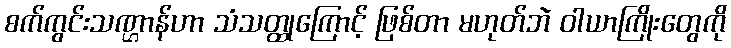
စက်ကွင်းသဏ္ဌာန်ဟာ သံသတ္ထုကြောင့် ဖြစ်တာ မဟုတ်ဘဲ ဝါယာကြိုးတွေကို